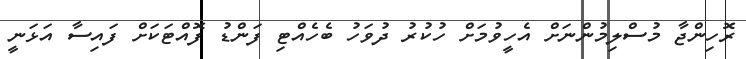
ރޮހިންޖާ މުސްލިމުންނަށް އެހީވުމަށް ހުކުރު ދުވަހު ބެހެއްޓި ފަންޑު ފޮއްޓަކަށް ފައިސާ އަޅަނީ